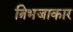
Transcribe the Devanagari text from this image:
त्रिभजाकार